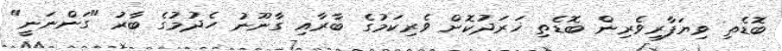
ބޮޑެތި ވިޔަފާރިވެރިން ބޮޑެތި ޚަރަދުކޮށް ވެރިކަމުގެ ބާރާއި ގާނޫނު ހެދުމުގެ ބާރު "ގަންނަނީ"